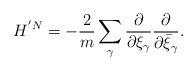
\begin{align*}H^{'N}= -\frac{2}{m}\sum_{\gamma}\frac{\partial}{\partial \xi_{\gamma}}\frac{\partial}{\partial \bar{\xi}_{\gamma}}.\end{align*}